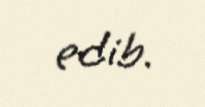
edib.